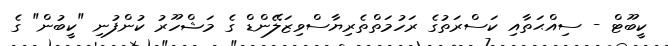
ކީބޫޓް - ސިއްޙަތާއި ކަސްރަތުގެ ރަހުމަތްތެރިޔާސްވިޒަލޭންޑް ގެ މަޝްހޫރު ކުންފުނި "ކީބުން" ގެ